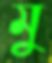
মু